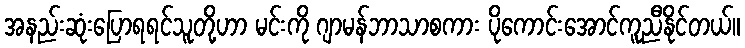
အနည်းဆုံးပြောရရင်သူတို့ဟာ မင်းကို ဂျာမန်ဘာသာစကား ပိုကောင်းအောင်ကူညီနိုင်တယ်။